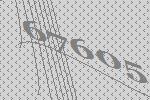
67605